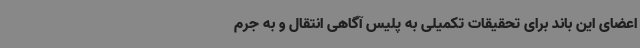
اعضای این باند برای تحقیقات تکمیلی به پلیس آگاهی انتقال و به جرم